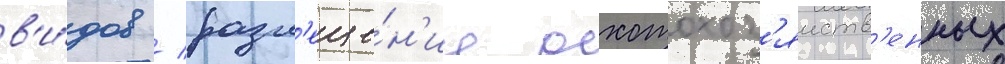
в'и́дов / разм'еще́н'ие охотохоз'яиств'енных